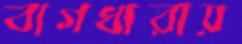
বাগধারায়